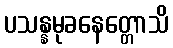
ပသန္နမုခနေတ္တောသိ